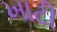
ખાટી